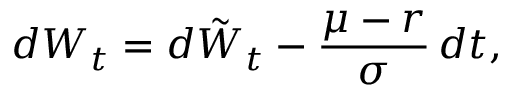
d W _ { t } = d { \tilde { W } } _ { t } - { \frac { \mu - r } { \sigma } } \, d t ,